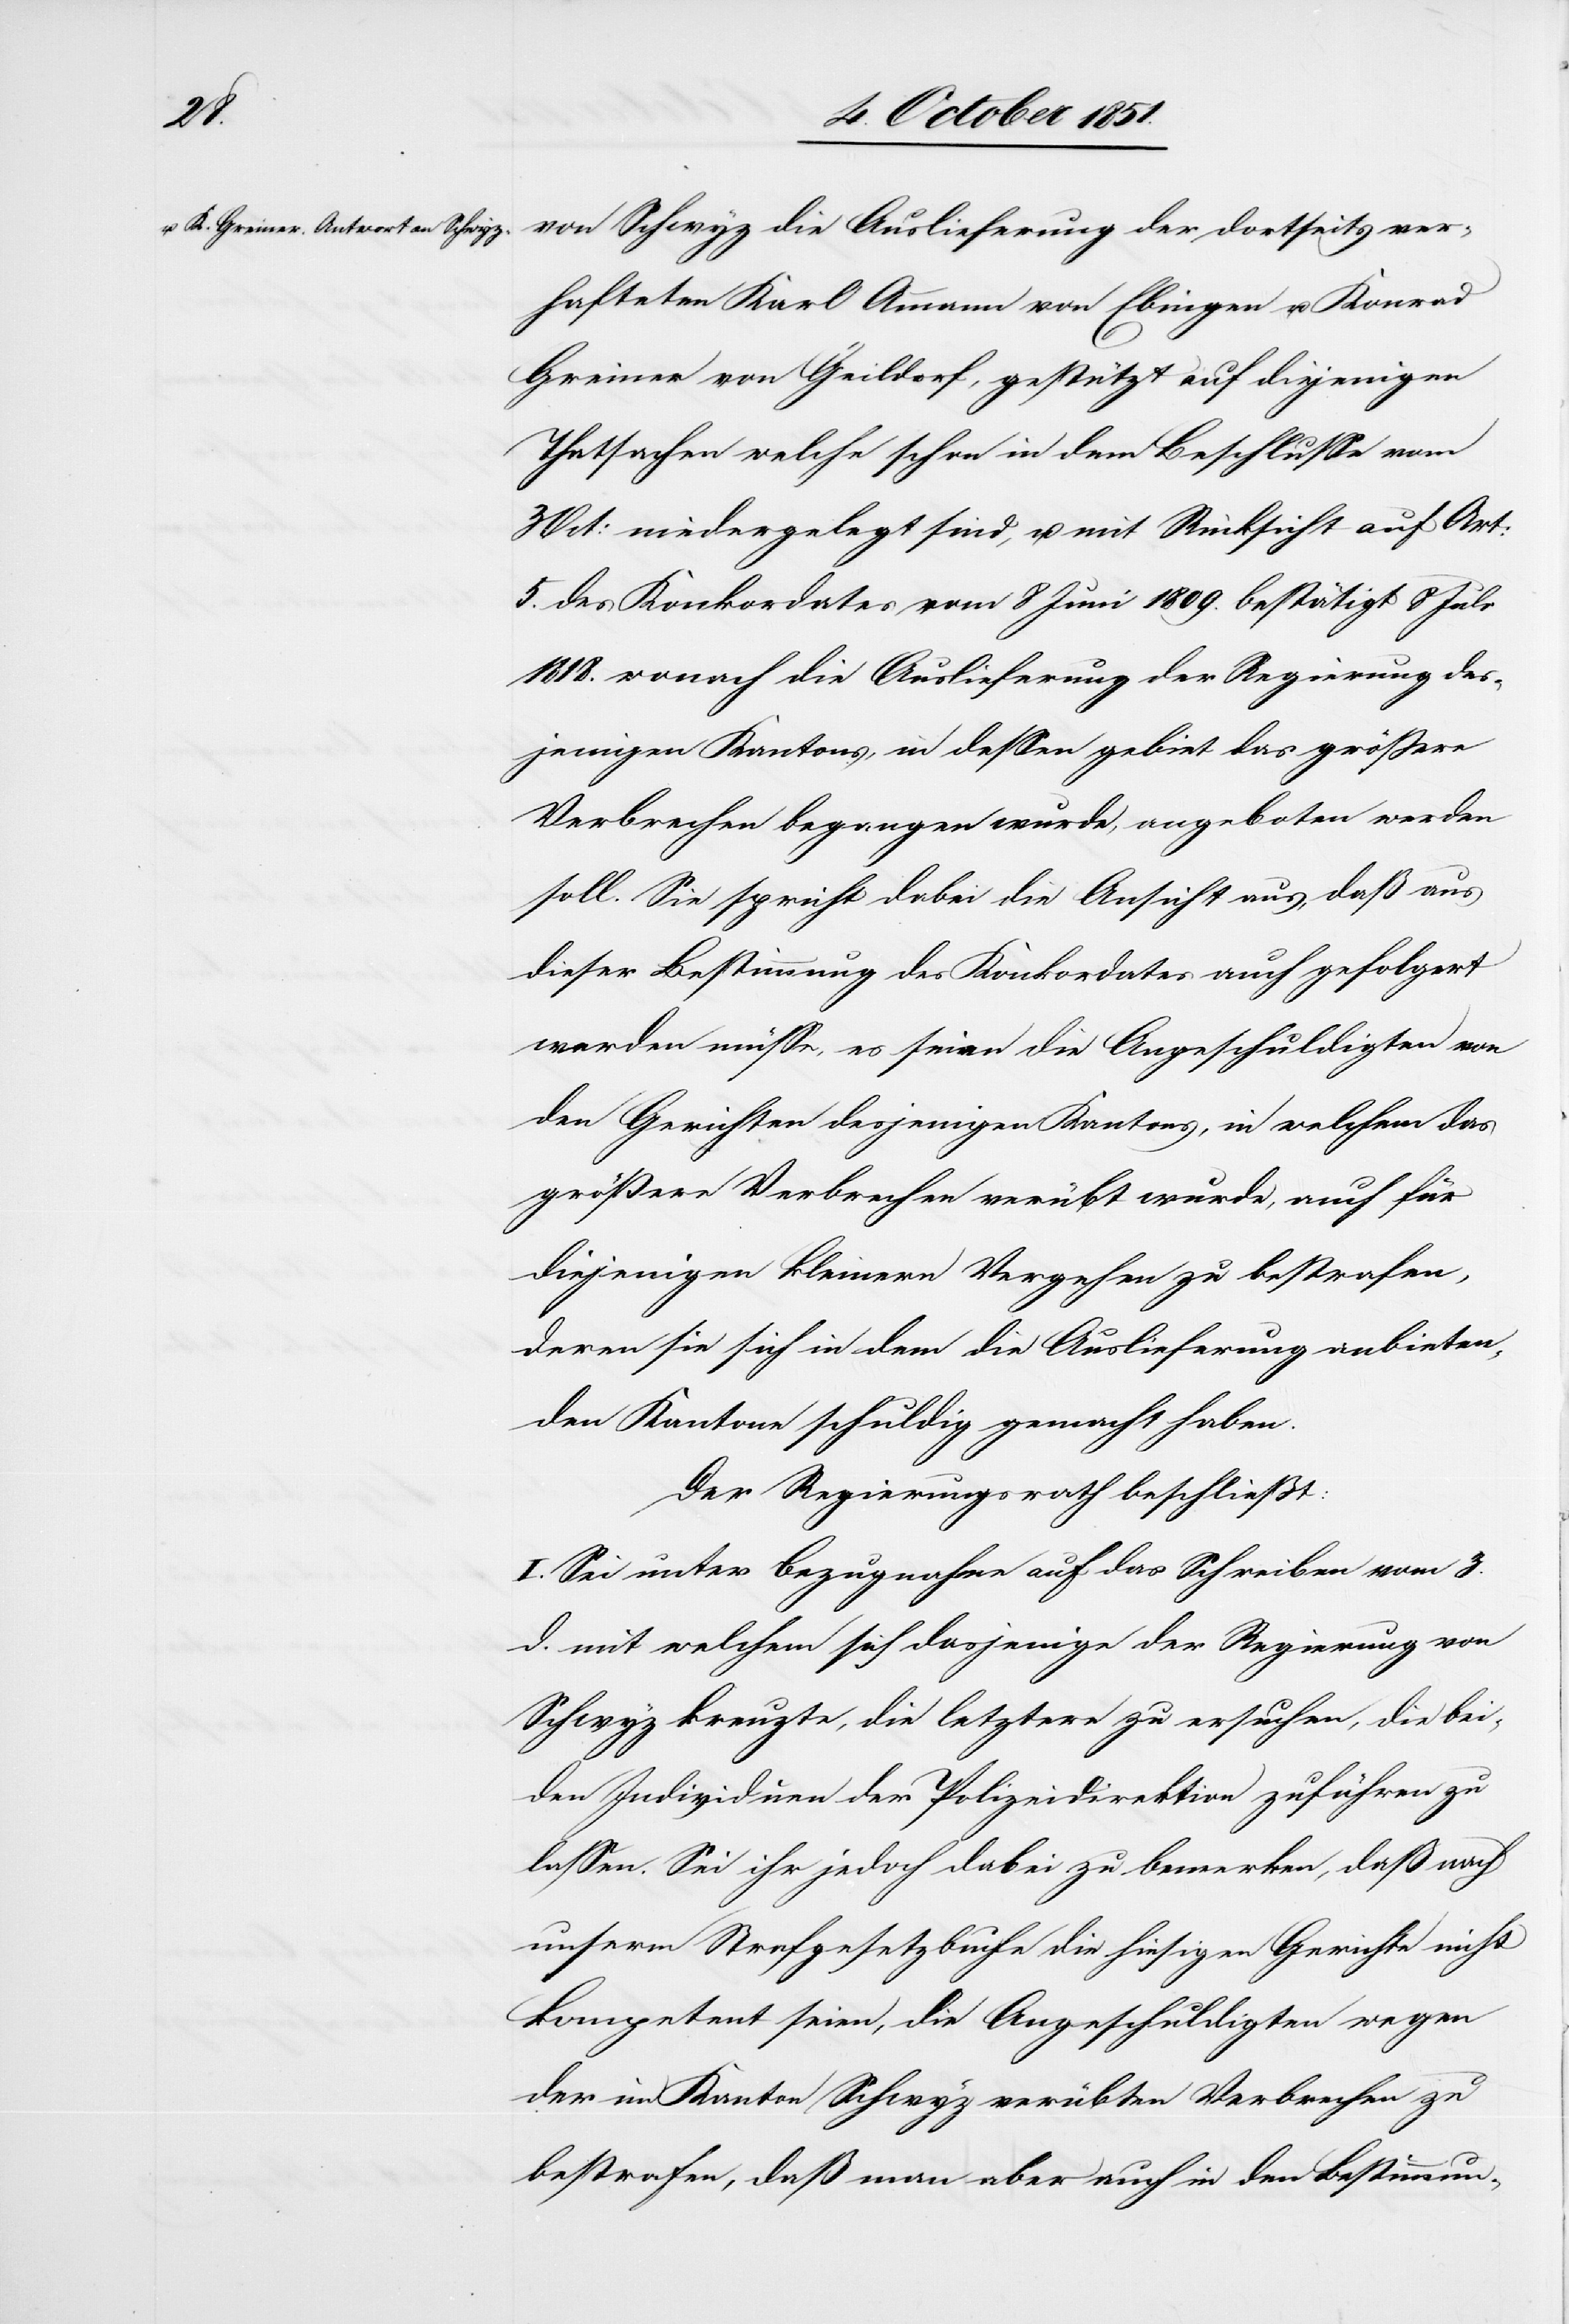
von Schwyz die Auslieferung der dortseits ver¬
hafteten Karl Ammann von Ebingen u. Kornad
Greiner von Geildorf, gestützt auf diejenigen
Thatsachen welche schon in dem Beschlusse vom
3 Oct: niedergelegt sind, u. mit Rücksicht auf Art:
5. des Konkordates vom 8 Juni 1809. bestätigt 8 Juli
1818. wonach die Auslieferung der Regierung des¬
jenigen Kantons, in dessen gebiet [sic!] das größere
Verbrechen begangen wurde, angeboten werden
soll. Sie spricht dabei die Ansicht aus, daß aus
dieser Bestimmung des Konkordates auch gefolgert
werden müsse, es seien die Angeschuldigten von
den Gerichten desjenigen Kantons, in welchem das
größere Verbrechen verübt wurde, auch für
diejenigen kleinern Vergehen zu bestrafen,
deren sie sich in dem die Auslieferung anbieten¬
den Kantone schuldig gemacht haben.
Der Regierungsrath beschließt:
I. Sei unter Bezugnahme auf das Schreiben vom 3.
d. mit welchem sich dasjenige der Regierung von
Schwyz kreuzte, die letztere zu ersuchen, die bei¬
den Individuen der Polizeidirektion zuführen zu
lassen. Sei ihr jedoch dabei zu bemerken, daß nach
unserm Strafgesetzbuche die hiesigen Gerichte nicht
kompetent seien, die Angeschuldigten wegen
der im Kanton Schwyz verübten Verbrechen zu
bestrafen, daß man aber auch in den Bestimmun-